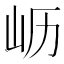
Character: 𫵷